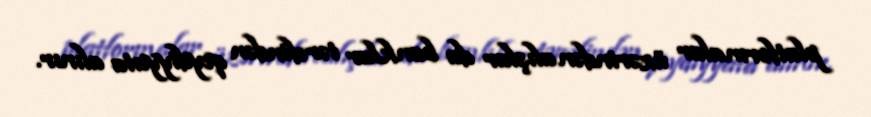
platformalar üzərindən alışlar da banklar tərəfindən qeydiyyata alınır.